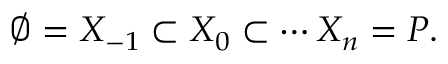
\varnothing = X _ { - 1 } \subset X _ { 0 } \subset \cdots X _ { n } = P .